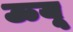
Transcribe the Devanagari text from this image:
ऊयू